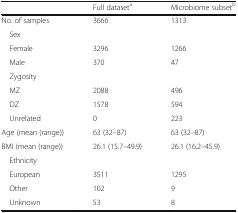
|  | Full dataseta | Microbiome subsetb |
 | --- | --- | --- |
 | No. of samples | 3666 | 1313 |
 | Sex |  |  |
 | Female | 3296 | 1266 |
 | Male | 370 | 47 |
 | Zygosity |  |  |
 | MZ | 2088 | 496 |
 | DZ | 1578 | 594 |
 | Unrelated | 0 | 223 |
 | Age (mean (range)) | 63 (32–87) | 63 (32–87) |
 | BMI (mean (range)) | 26.1 (15.7–49.9) | 26.1 (16.2–45.9) |
 | Ethnicity |  |  |
 | European | 3511 | 1295 |
 | Other | 102 | 9 |
 | Unknown | 53 | 8 |